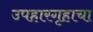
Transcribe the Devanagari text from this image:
उपहारगृहाचा